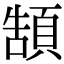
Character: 頶